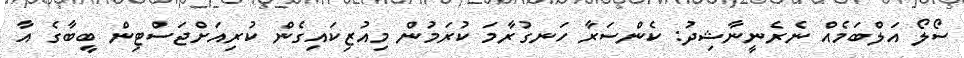
ސޯލޯ އަލްބަމެއް ނެރެނީނާޝިދު: ކެންސަރާ ހަނގުރާމަ ކުރަމުން މިއުޒިކައިގެން ކުރިއަށްޖަސްޓިން ބީބާގެ އާ